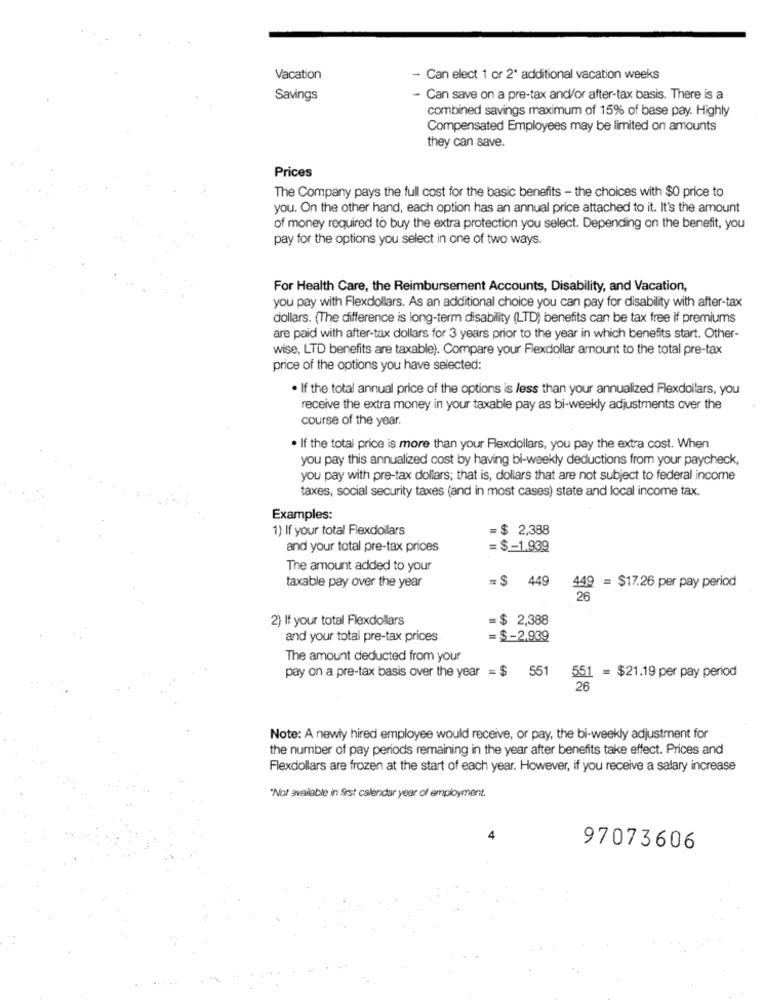
Vacation
- Can elect 1 or 2ª additional vacation weeks
Savings
- Can save on a pre-tax and/or after-tax basis. There is a
combined savings maximum of 15% of base pay. Highly
Compensated Employees may be limited on amounts
they can save.
Prices
The Company pays the full cost for the basic benefits - the choices with $0 price to
you. On the other hand, each option has an annual price attached to it. It's the amount
of money required to buy the extra protection you select. Depending on the benefit, you
pay for the options you select in one of two ways.
For Health Care, the Reimbursement Accounts, Disability, and Vacation,
you pay with Flexdollars. As an additional choice you can pay for disability with after-tax
dollars. (The difference is long-term disability (LTD) benefits can be tax free if premiums
are paid with after-tax dollars for 3 years prior to the year in which benefits start. Other-
wise, LTD benefits are taxable). Compare your Flexdollar amount to the total pre-tax
price of the options you have selected:
. If the total annual price of the options is less than your annualized Flexdollars, you
receive the extra money in your taxable pay as bi-weekly adjustments over the
course of the year.
. If the total price is more than your Flexdollars, you pay the extra cost. When
you pay this annualized cost by having bi-weekly deductions from your paycheck,
you pay with pre-tax dollars; that is, dollars that are not subject to federal income
taxes, social security taxes (and in most cases) state and local income tax.
Examples:
1) If your total Flexdollars
$ 2,388
and your total pre-tax prices
= $ -1.939
The amount added to your
=$ 449
= $17.26 per pay period
taxable pay over the year
2) If your total Flexdollars
=$ 2,388
and your total pre-tax prices
= $-2.939
The amount deducted from your
pay on a pre-tax basis over the year = $ 551 551 = $21.19 per pay period
26
Note: A newly hired employee would receive, or pay, the bi-weekly adjustment for
the number of pay periods remaining in the year after benefits take effect. Prices and
Flexdollars are frozen at the start of each year. However, if you receive a salary increase
"Not available in first calendar year of employment.
4
97073606